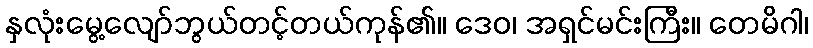
နှလုံးမွေ့လျော်ဘွယ်တင့်တယ်ကုန်၏။ ဒေဝ၊ အရှင်မင်းကြီး။ တေမိဂါ၊